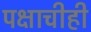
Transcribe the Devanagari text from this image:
पक्षाचीही